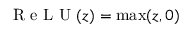
\textrm { R e L U } ( z ) = \operatorname* { m a x } ( z , 0 )